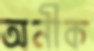
অনীক